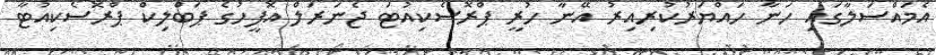
އެމައްސަލާގައި ހަނާ ހައްޔަރުކުރިއިރު އޭނާ ހުރީ ޕްރޮސެކިއުޓަ ޖެނަރަލް އޮފީހުގެ ޕަބްލިކް ޕްރޮސެކިއުޓާ